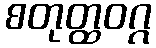
စတုတ္ထဝဂ္ဂ